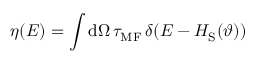
\eta ( E ) = \int \mathrm { d } \Omega \, \tau _ { \mathrm { M F } } \, \delta ( E - H _ { \mathrm { S } } ( \vartheta ) )